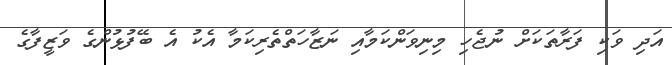
އަދި ވަކި ފަރާތަކަށް ނުޖެހި މިނިވަންކަމާއި ނަޒާހަތްތެރިކަމާ އެކު އެ ބޭފުޅުންގެ ވަޒީފާގެ